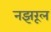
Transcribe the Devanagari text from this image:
नझरूल